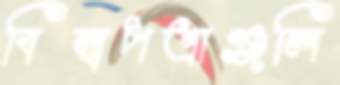
বিল্বপত্রাঞ্জলি